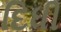
દિધી